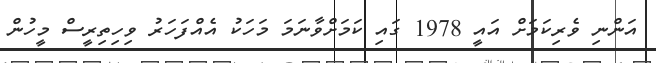
އަންނި ވެރިކަމަށް އައީ 1978 ގައި ކަމަށްވާނަމަ މަހަކު އެއްފަހަރު ވިހިތިރީސް މީހުން